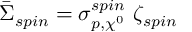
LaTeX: \bar { \Sigma } _ { s p i n } = \sigma _ { p , \chi ^ { 0 } } ^ { s p i n } ~ \zeta _ { s p i n }